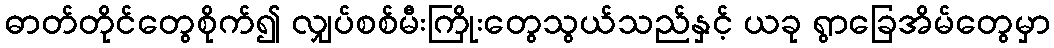
ဓာတ်တိုင်တွေစိုက်၍ လျှပ်စစ်မီးကြိုးတွေသွယ်သည်နှင့် ယခု ရွာခြေအိမ်တွေမှာ